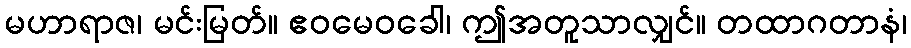
မဟာရာဇ၊ မင်းမြတ်။ ဧဝမေဝခေါ၊ ဤအတူသာလျှင်။ တထာဂတာနံ၊